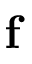
\mathbf { f }